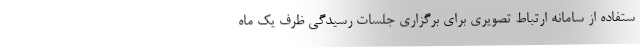
ستفاده از سامانه ارتباط تصویری برای برگزاری جلسات رسیدگی ظرف یک ماه